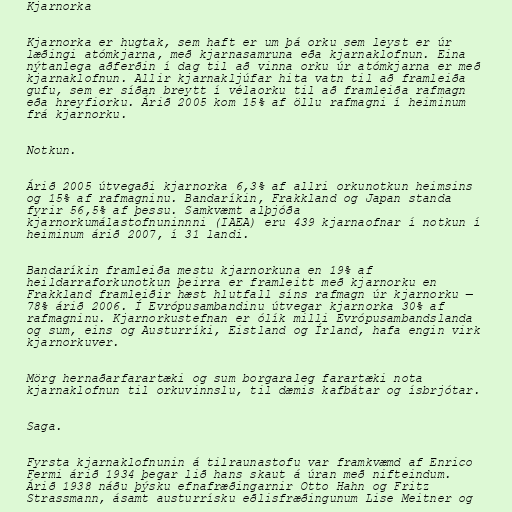
Kjarnorka

Kjarnorka er hugtak, sem haft er um þá orku sem leyst er úr
læðingi atómkjarna, með kjarnasamruna eða kjarnaklofnun. Eina
nýtanlega aðferðin í dag til að vinna orku úr atómkjarna er með
kjarnaklofnun. Allir kjarnakljúfar hita vatn til að framleiða
gufu, sem er síðan breytt í vélaorku til að framleiða rafmagn
eða hreyfiorku. Árið 2005 kom 15% af öllu rafmagni í heiminum
frá kjarnorku.

Notkun.

Árið 2005 útvegaði kjarnorka 6,3% af allri orkunotkun heimsins
og 15% af rafmagninu. Bandaríkin, Frakkland og Japan standa
fyrir 56,5% af þessu. Samkvæmt alþjóða
kjarnorkumálastofnuninnni (IAEA) eru 439 kjarnaofnar í notkun í
heiminum árið 2007, í 31 landi.

Bandaríkin framleiða mestu kjarnorkuna en 19% af
heildarraforkunotkun þeirra er framleitt með kjarnorku en
Frakkland framleiðir hæst hlutfall síns rafmagn úr kjarnorku —
78% árið 2006. Í Evrópusambandinu útvegar kjarnorka 30% af
rafmagninu. Kjarnorkustefnan er ólík milli Evrópusambandslanda
og sum, eins og Austurríki, Eistland og Írland, hafa engin virk
kjarnorkuver.

Mörg hernaðarfarartæki og sum borgaraleg farartæki nota
kjarnaklofnun til orkuvinnslu, til dæmis kafbátar og ísbrjótar.

Saga.

Fyrsta kjarnaklofnunin á tilraunastofu var framkvæmd af Enrico
Fermi árið 1934 þegar lið hans skaut á úran með nifteindum.
Árið 1938 náðu þýsku efnafræðingarnir Otto Hahn og Fritz
Strassmann, ásamt austurrísku eðlisfræðingunum Lise Meitner og